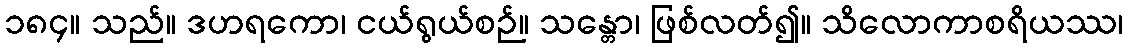
၁၈၄။ သည်။ ဒဟရကော၊ ငယ်ရွယ်စဉ်။ သန္တော၊ ဖြစ်လတ်၍။ သိလောကာစရိယဿ၊